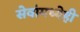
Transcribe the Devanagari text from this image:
सेवांमध्येही